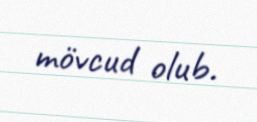
mövcud olub.